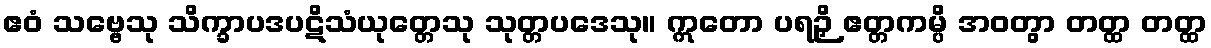
ဧဝံ သဗ္ဗေသု သိက္ခာပဒပဋိသံယုတ္တေသု သုတ္တပဒေသု။ ဣတော ပရဉှိ ဧတ္တကမ္ပိ အဝတွာ တတ္ထ တတ္ထ